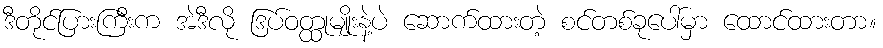
ဒီတိုင်ပြားကြီးက အဲဒီလို ဒြပ်ဝတ္ထုမျိုးနဲ့ပဲ ဆောက်ထားတဲ့ စင်တစ်ခုပေါ်မှာ ထောင်ထားတာ။